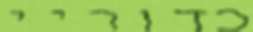
כדוריי